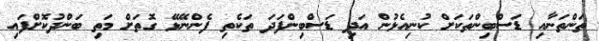
ތަންތަނާއި ޑަސްބިންތަކަށް ކުނިއެޅުން އަދި ޑަސްބިންފަދަ ތަކެތި ފެންނޭޅޭ ގޮތަށް މަތި ބަންދުކޮށްފައި